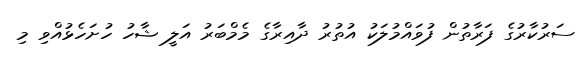
ސަރުކާރުގެ ފަރާތުން ފުވައްމުލަކު އުތުރު ދާއިރާގެ މެމްބަރު އަލީ ޝާހު ހުށަހެޅުއްވި މި